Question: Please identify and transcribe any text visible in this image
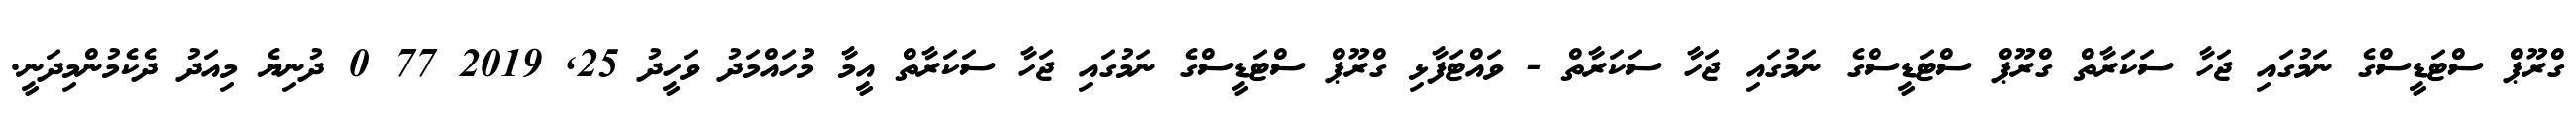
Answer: ގްރޫޕް ސްޓަޑީސްގެ ނަމުގައި ޖަހާ ސަކަރާތް ގްރޫޕް ސްޓަޑީސްގެ ނަމުގައި ޖަހާ ސަކަރާތް - ވައްޓަފާޅި ގްރޫޕް ސްޓަޑީސްގެ ނަމުގައި ޖަހާ ސަކަރާތް އީމާ މުހައްމަދު ވަހީދު 25, 2019 77 0 ދުނިޔެ މިއަދު ދެކެމުންމިދަނީ.